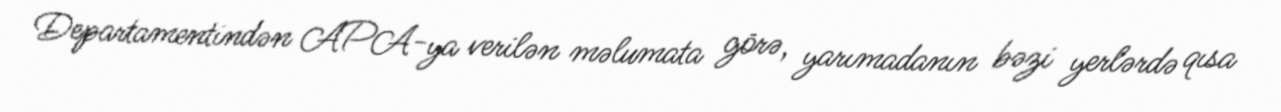
Departamentindən APA-ya verilən məlumata görə, yarımadanın bəzi yerlərdə qısa